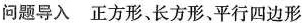
问题导入 正方形